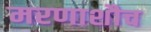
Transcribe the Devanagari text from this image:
मरणाशौच